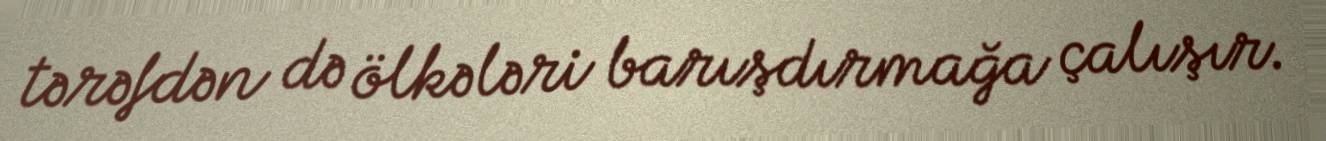
tərəfdən də ölkələri barışdırmağa çalışır.